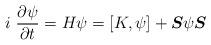
LaTeX: \begin{align*}i~\frac{\partial \psi}{\partial t} = H \psi = [K,\psi]+\mbox{\boldmath$S$} \psi \mbox{\boldmath$S$} \end{align*}